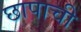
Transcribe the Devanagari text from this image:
छापाची